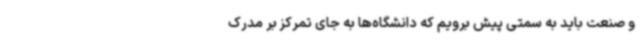
و صنعت باید به سمتی پیش برویم که دانشگاه‌ها به جای تمرکز بر مدرک